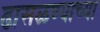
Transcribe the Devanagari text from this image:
ढासळण्याच्या